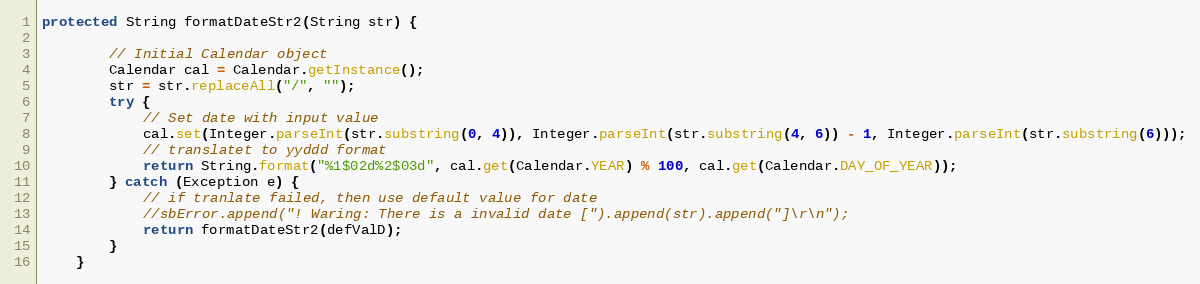
Language: Java
protected String formatDateStr2(String str) {

        // Initial Calendar object
        Calendar cal = Calendar.getInstance();
        str = str.replaceAll("/", "");
        try {
            // Set date with input value
            cal.set(Integer.parseInt(str.substring(0, 4)), Integer.parseInt(str.substring(4, 6)) - 1, Integer.parseInt(str.substring(6)));
            // translatet to yyddd format
            return String.format("%1$02d%2$03d", cal.get(Calendar.YEAR) % 100, cal.get(Calendar.DAY_OF_YEAR));
        } catch (Exception e) {
            // if tranlate failed, then use default value for date
            //sbError.append("! Waring: There is a invalid date [").append(str).append("]\r\n");
            return formatDateStr2(defValD);
        }
    }